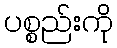
ပစ္စည်းကို